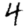
Digit: 4